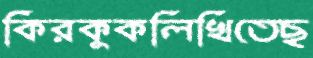
কিরকুকলিখিতেছ